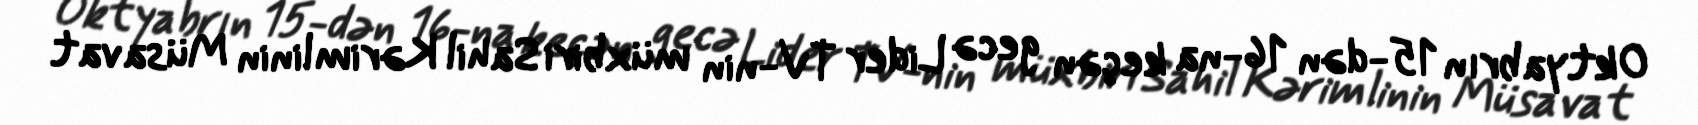
Oktyabrın 15-dən 16-na keçən gecə Lider TV-nin müxbiri Sahil Kərimlinin Müsavat